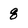
Character: 8